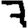
Digit: 7